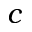
c